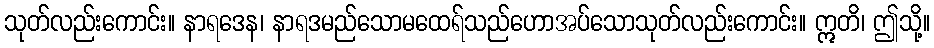
သုတ်လည်းကောင်း။ နာရဒေန၊ နာရဒမည်သောမထေရ်သည်ဟောအပ်သောသုတ်လည်းကောင်း။ ဣတိ၊ ဤသို့။